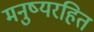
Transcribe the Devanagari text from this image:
मनुष्यरहित